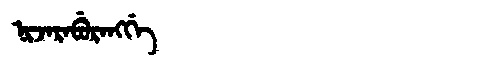
Manchu: ᠨᡳᠵᠠᡵᠠᠪᡠᡵᠠᠩᡤᡝ
Romanization: NIJARABURANGGE